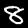
Label: 8